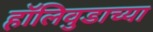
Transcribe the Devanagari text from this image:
हॉलिवुडाच्या